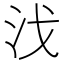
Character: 㳀